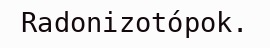
Radonizotópok.